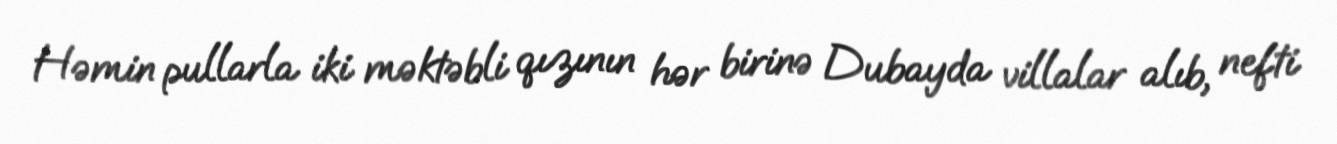
Həmin pullarla iki məktəbli qızının hər birinə Dubayda villalar alıb, nefti